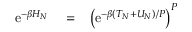
\begin{array} { r l r } { \mathrm { e } ^ { - \beta H _ { N } } } & { { } = } & { \left( \mathrm { e } ^ { - \beta ( T _ { N } + U _ { N } ) / P } \right) ^ { P } } \end{array}